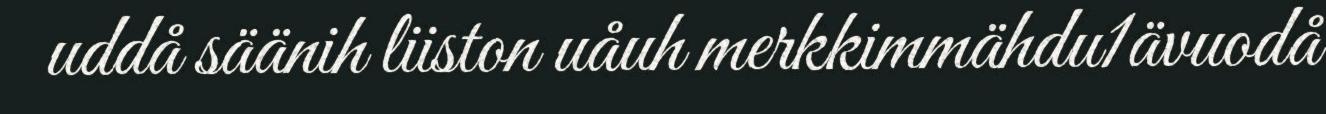
uddå säänih liiston uåuh merkkimmähdu1ävuodå